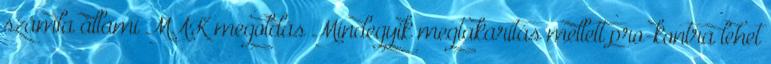
számla állami MÁK megoldás Mindegyik megtakarítás mellett pro-kontra lehet